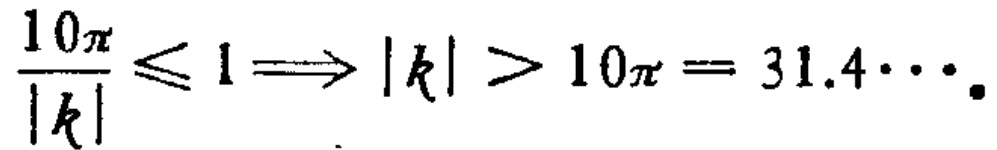
$\frac{10\pi}{|k|}\leqslant 1\Longrightarrow|k| > 10\pi = 31.4\cdots$